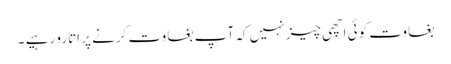
بغاوت کوئی اچھی چیز نہیں کہ آپ بغاوت کرنے پر اتارو رہیے ۔